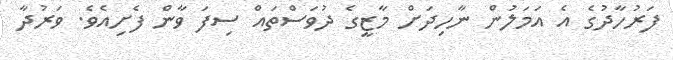
ފަރުހާދުގެ އެ އަމަލުން ނާހިދަށް މާޒީގެ ދުވަސްތައް ސިފަ ވާން ފެށިއެވެ. ވަރުދާ